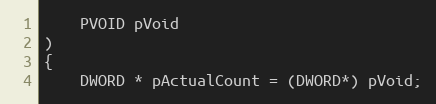
Language: C++
    PVOID pVoid
)
{
    DWORD * pActualCount = (DWORD*) pVoid;